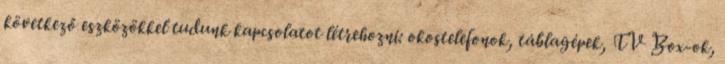
következő eszközökkel tudunk kapcsolatot létrehozni: okostelefonok, táblagépek, TV Box-ok,